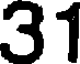
31